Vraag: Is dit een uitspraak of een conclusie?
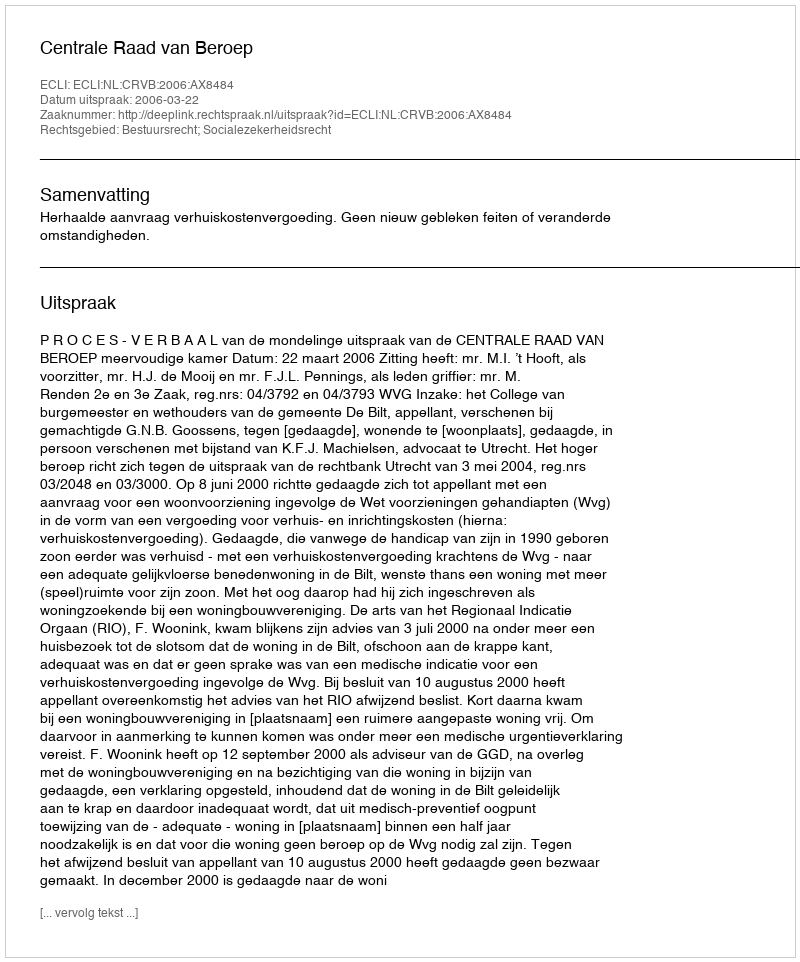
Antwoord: Uitspraak